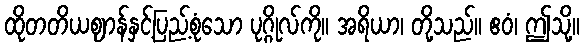
ထိုတတိယဈာန်နှင့်ပြည့်စုံသော ပုဂ္ဂိုလ်ကို။ အရိယာ၊ တို့သည်။ ဧဝံ၊ ဤသို့။